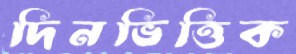
দিনভিত্তিক